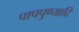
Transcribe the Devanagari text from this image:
पापपुण्यादि